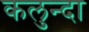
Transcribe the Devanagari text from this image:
कलुन्दा